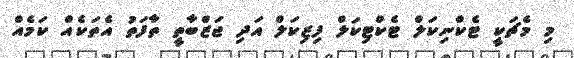
މި މެޗަކީ ޓެކްނިކަލް ޓެކްޓިކަލް ފިޒިކަލް އަދި ޖަޒްބާތީ ތާފަތު އެތަކެއް ކަމެއް